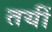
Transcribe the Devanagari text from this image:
तयीं